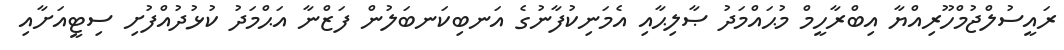
ރައީސުލްޖުމްހޫރިއްޔާ އިބްރާހީމް މުޙައްމަދު ޞާލިޙާއި އެމަނިކުފާނުގެ އަނބިކަނބަލުން ފަޒްނާ އަޙްމަދު ކުޅުދުއްފުށި ސިޓީއަށާއި